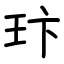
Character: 玣